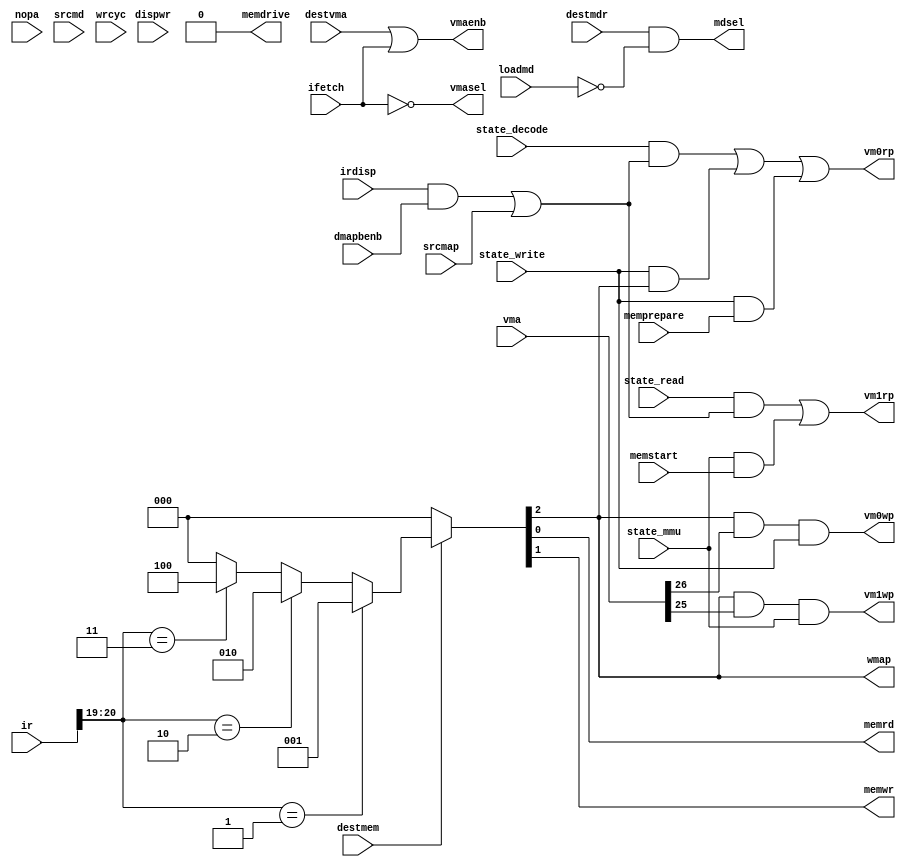
// VCTL2 --- VMA/MD CONTROL
//
// ---!!! Add description.
//
// History:
//
//   (20YY-MM-DD HH:mm:ss BRAD) Converted to Verilog.
//	???: Nets added.
//	???: Nets removed.
//   (1978-08-16 06:38:11 TK) Initial.

`timescale 1ns/1ps
`default_nettype none

module VCTL2(/*AUTOARG*/
   // Outputs
   mdsel, memdrive, memrd, memwr, vm0rp, vm0wp, vm1rp, vm1wp, vmaenb,
   vmasel, wmap,
   // Inputs
   state_decode, state_mmu, state_read, state_write, vma, ir, destmdr,
   destmem, destvma, dispwr, dmapbenb, ifetch, irdisp, loadmd,
   memprepare, memstart, nopa, srcmap, srcmd, wrcyc
   );

   input state_decode;
   input state_mmu;
   input state_read;
   input state_write;

   input [31:0] vma;
   input [48:0] ir;
   input destmdr;
   input destmem;
   input destvma;
   input dispwr;
   input dmapbenb;
   input ifetch;
   input irdisp;
   input loadmd;
   input memprepare;
   input memstart;
   input nopa;
   input srcmap;
   input srcmd;
   input wrcyc;
   output mdsel;
   output memdrive;
   output memrd;
   output memwr;
   output vm0rp;
   output vm0wp;
   output vm1rp;
   output vm1wp;
   output vmaenb;
   output vmasel;
   output wmap;

   ////////////////////////////////////////////////////////////////////////////////

   wire early_vm0_rd;
   wire early_vm1_rd;
   wire normal_vm0_rd;
   wire normal_vm1_rd;
   wire use_md;
   wire mapwr0;
   wire mapwr1;
   wire lm_drive_enb;

   ////////////////////////////////////////////////////////////////////////////////

   assign mapwr0 = wmap & vma[26];
   assign mapwr1 = wmap & vma[25];
   assign early_vm0_rd = (irdisp && dmapbenb) | srcmap;
   assign early_vm1_rd = (irdisp && dmapbenb) | srcmap;
   assign normal_vm0_rd = wmap;
   assign normal_vm1_rd = 1'b0;
   assign vm0rp = (state_decode && early_vm0_rd) | (state_write && normal_vm0_rd) | (state_write && memprepare);
   assign vm1rp = (state_read && early_vm1_rd) | (state_mmu && normal_vm1_rd) | (state_mmu && memstart);
   assign vm0wp = mapwr0 & state_write;
   assign vm1wp = mapwr1 & state_mmu;
   assign vmaenb = destvma | ifetch;
   assign vmasel = ~ifetch;
   assign lm_drive_enb = 0;
   assign memdrive = wrcyc & lm_drive_enb;
   assign mdsel = destmdr & ~loadmd;
   assign use_md = srcmd & ~nopa;
   assign {wmap, memwr, memrd}
     = ~destmem ? 3'b000 :
       (ir[20:19] == 2'b01) ? 3'b001 :
       (ir[20:19] == 2'b10) ? 3'b010 :
       (ir[20:19] == 2'b11) ? 3'b100 :
       3'b000 ;

endmodule

`default_nettype wire

// Local Variables:
// verilog-library-directories: ("..")
// End: